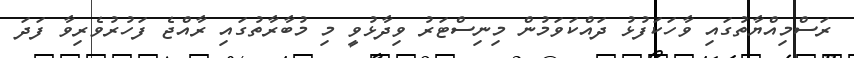
ރަސްމިއްޔާތުގައި ވާހަކަފުޅު ދައްކަވަމުން މިނިސްޓަރު ވިދާޅުވީ މި މުބާރާތުގައި ރާއްޖެ ފަހުރުވެރިވާ ފަދަ